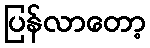
ပြန်လာတော့